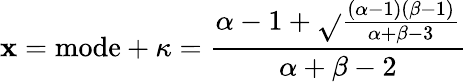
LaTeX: \mathbf{x}={\mathrm{{mode}}}+\kappa={\frac{{\alpha-1+{\sqrt{}{{\frac{{(\alpha-1)(\beta-1)}}{{\alpha+\beta-3}}}}}}}{{\alpha+\beta-2}}}